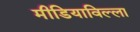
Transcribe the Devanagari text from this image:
मीडियाविल्ला